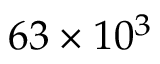
6 3 \times 1 0 ^ { 3 }